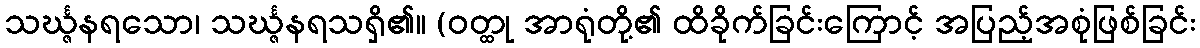
သင်္ဃ္ဇနရသော၊ သင်္ဃ္ဇနရသရှိ၏။ (ဝတ္ထု အာရုံတို့၏ ထိခိုက်ခြင်းကြောင့် အပြည့်အစုံဖြစ်ခြင်း